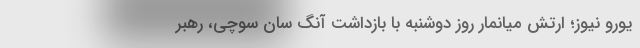
یورو نیوز؛ ارتش میانمار روز دوشنبه با بازداشت آنگ سان سوچی، رهبر